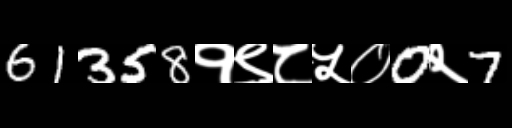
Text: 61358१९८५०0२7